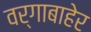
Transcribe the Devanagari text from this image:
वर्गाबाहेर